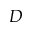
D